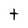
Character: t